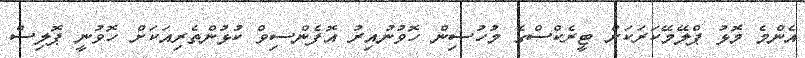
އެންމެ މޮޅު ޕްލޭމޭކަރަކަށް ޓީރެކްސްގެ މުހުސިން ހޮވުނުއިރު އޮފެންސިވް ކުޅުންތެރިއަކަށް ހޮވުނީ ޕޮލިސް